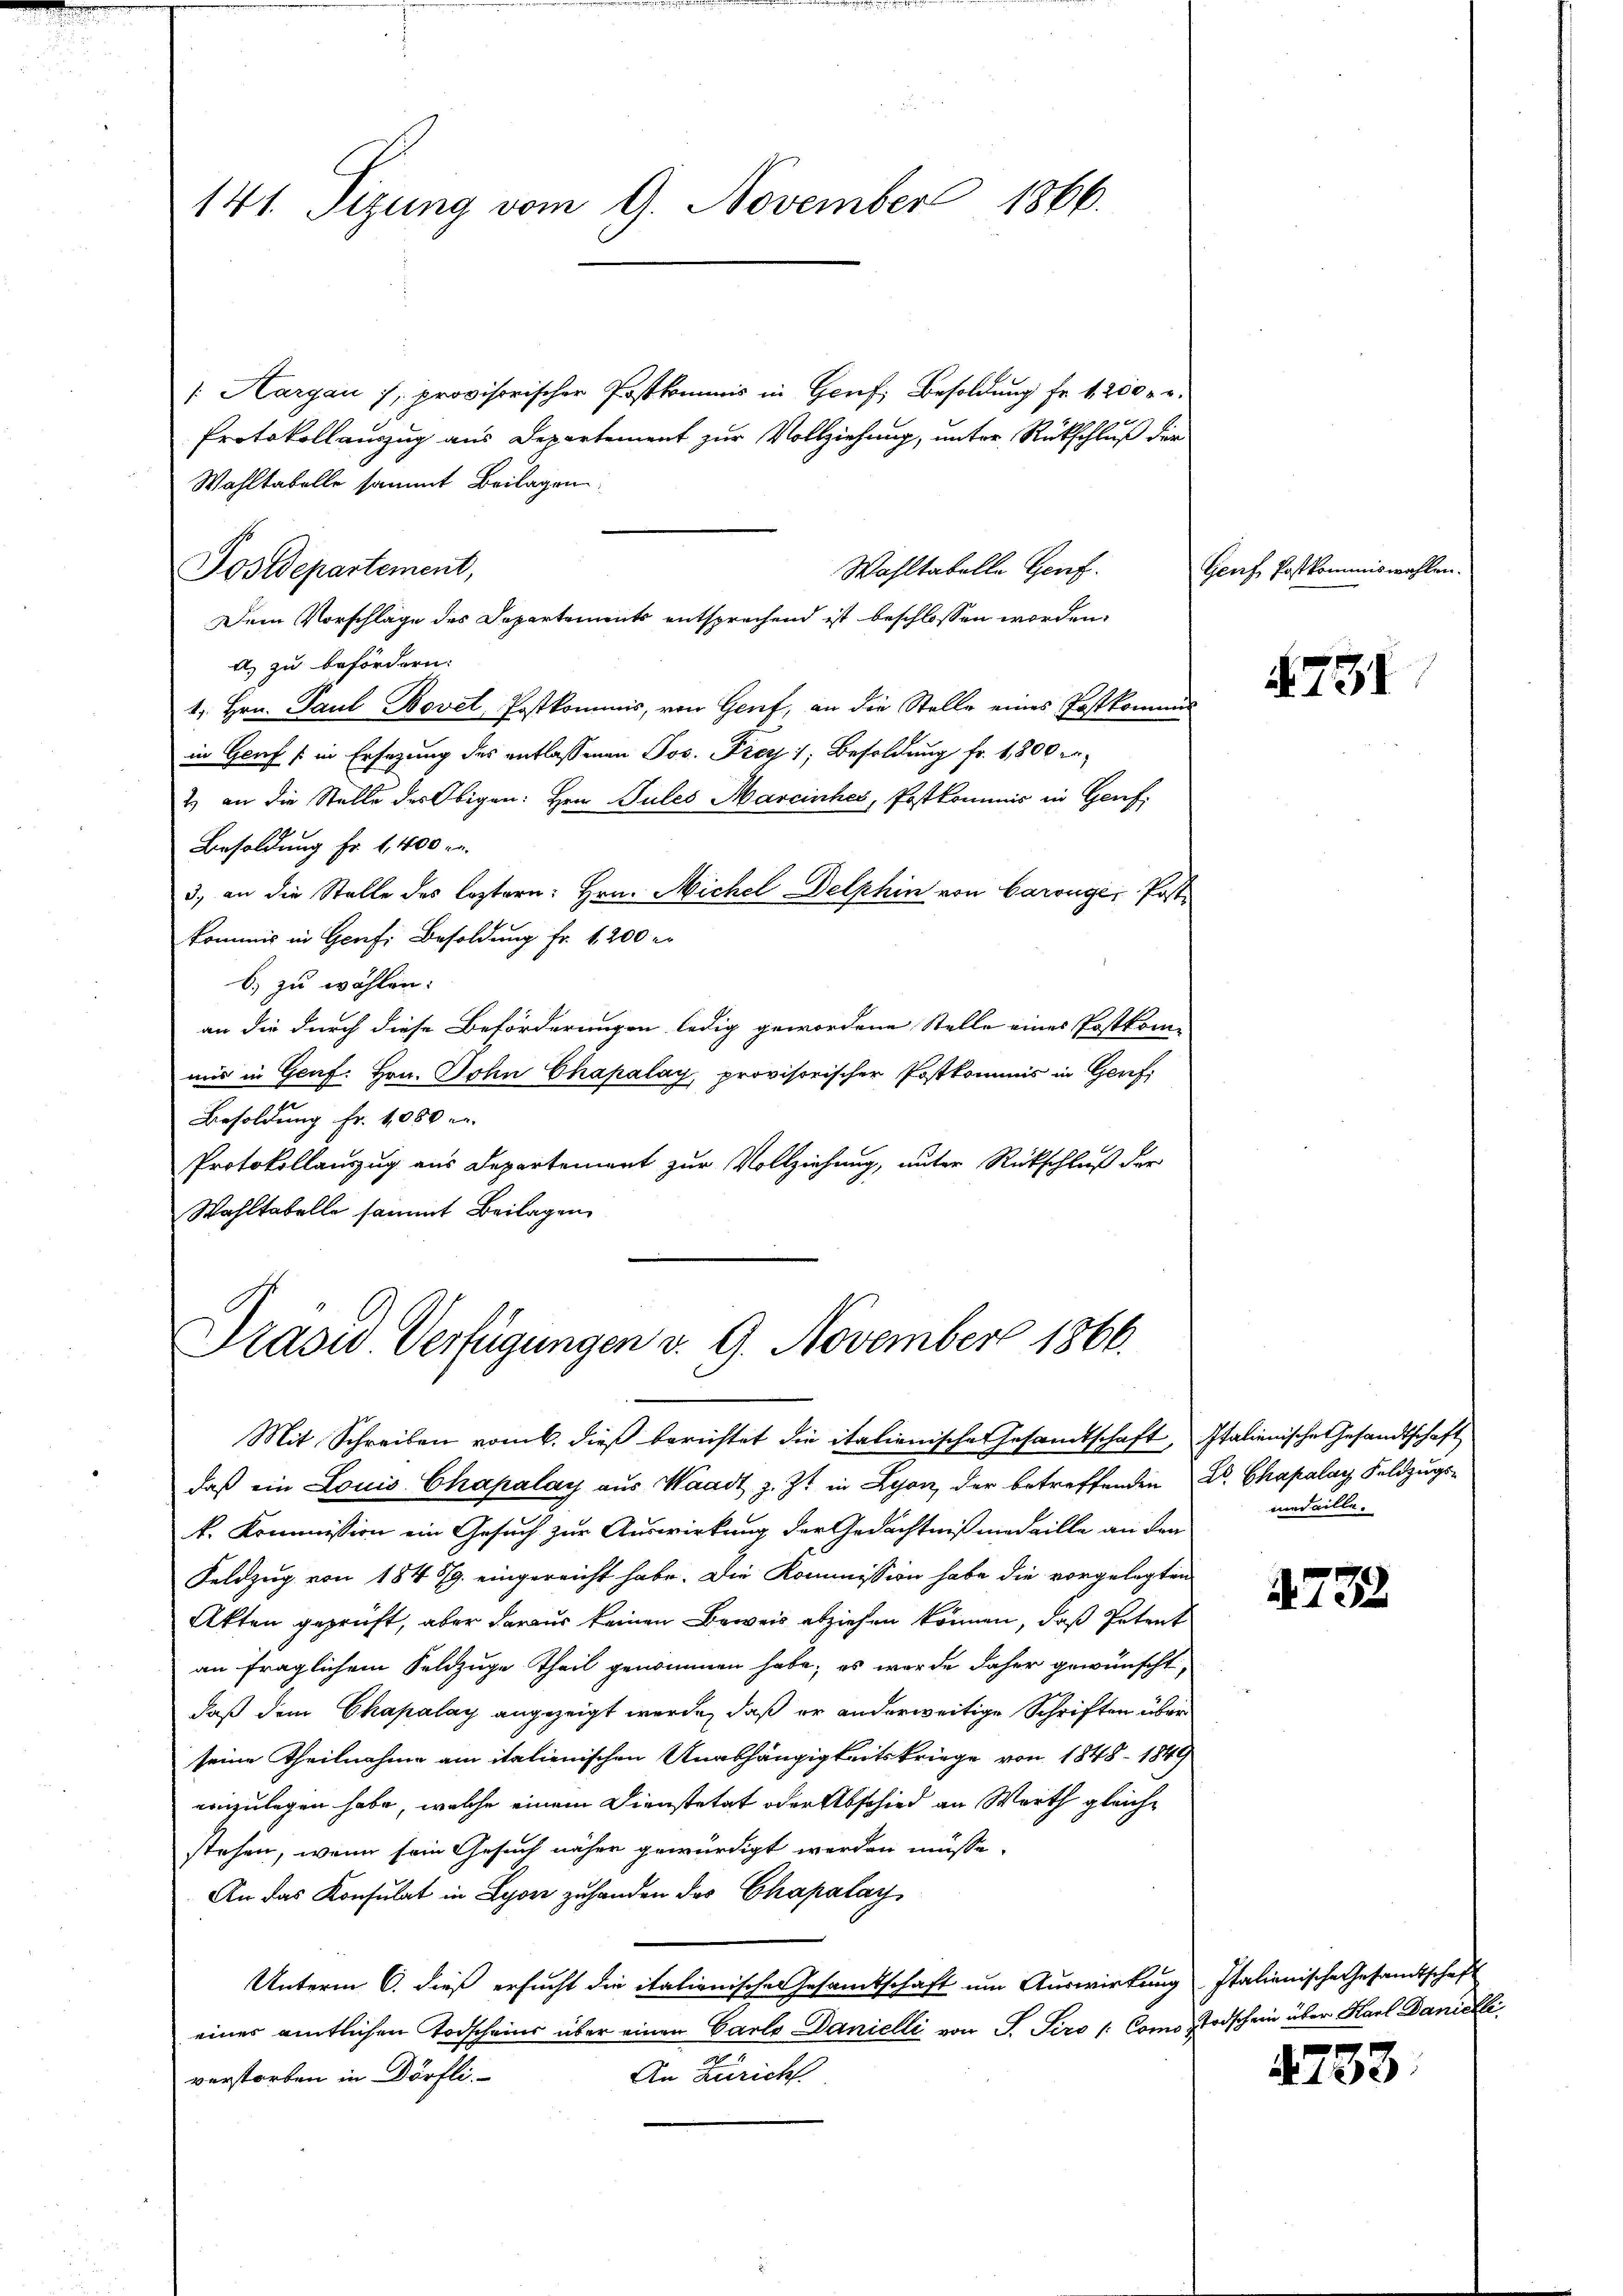
141. Sizung vom 9. November 1866.

/. Aargau s. provisorischer Postkommis in Genf, Besoldung fr. 1200 r.
Protokollauszug aus Departement zur Vollziehung, unter Rückschluß der
Wahltabelle sammt Beilagen.
Wahltabelle Genf.
A) zu befördern:
1. Hrn. Paul Bovet, Postkommis, von Genf, an die Stelle eines Postkommis
in Genf (in Ersezung des entlassenen Jos. Frey 1; Besoldung fr. 1,800 er¬
2) an die Stelle des Obigen: Hrn. Sules Marcinhes, Postkommnis in Genf,
Besoldung Fr. 1,400 r.
3, an die Stelle des leztern: Hrn. Michel Delphin von Carouge, Postkommis in Genf, Besoldung fr. 1200 e
b) zu wählen:
an die durch diese Beförderungen ledig gewordene Stelle eines Erstkom-
mis in Genf. Hrn. John Chapalay, provisorischer Postkommis in Genf,
Besoldung Fr. 4000 e
Protokollauszug aus Departement zur Vollziehung, unter Rückschluß der
Wahltabelle sammt Beilagen

Postdepartement,

Dem Vorschläge des Departements entsprechend ist beschlossen worden.

Präses Verfügungen v. 9. November 1866.

Mit Schreiben vom 6. dieß berichtet die italienische Gesandtschaft, Italienische Gesandtschaft
daß ein Louis Chapalay aus Waadt z. Zt. in Lyon, der betreffenden Dr. Chapalay Feldzugs-
k. Kommission ein Gesuch zur Auswirkung der Gedächtnismedaille an den
Feldzug von 1845 eingereicht habe. Die Kommission habe die vorgelegten
Akten geprüft, aber daraus keinen Beweis abziehen können, daß Petent
an fraglichem Selzuge Theil genommen habe; es wurde daher gewünscht,
daß dem Chapalay angezeigt werde, daß er anderweitige Schriften über
seine Theilnahme am italienischen Anabhängigkeitskriege von 1848 - 1849
einzulegen habe, welche einem Dienstetat oder Abschied an Werth gleichstehen, wenn sein Gesuch näher gewürdigt werden müsse.
An das Konsulat in Lyon zuhanden das Chapalay
Unterm 6. dieß ersucht die italienische Gesandtschaft um Auswirkung Italienische Gesandtschaft
eines amtlichen Todscheins über einen Carlo Danielli von P. Tiro / ComosTodschein über Karl Danielle
An Zürich
verstorben in Dörfli

Genf Postkommiswahlen.

731

medaille.

4732

4733.